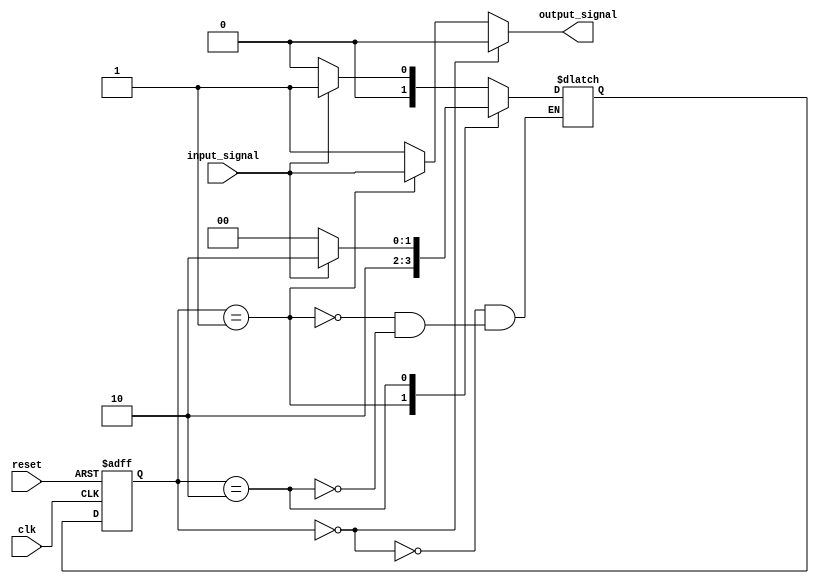
module finite_state_machine (
    input wire clk,
    input wire reset,
    input wire input_signal,
    output reg output_signal
);

// Define states
parameter STATE_A = 2'b00;
parameter STATE_B = 2'b01;
parameter STATE_C = 2'b10;

// Define state register
reg [1:0] state_reg, next_state;

// State transition logic
always @ (posedge clk or posedge reset) begin
    if (reset) begin
        state_reg <= STATE_A;
    end else begin
        state_reg <= next_state;
    end
end

// Output logic
always @ (*) begin
    output_signal = (state_reg == STATE_A) ? 1'b0 :
                    (state_reg == STATE_B) ? input_signal :
                                             1'b1;
end

// State transition conditions
always @ (*) begin
    case (state_reg)
        STATE_A: begin
            if (input_signal) begin
                next_state = STATE_B;
            end else begin
                next_state = STATE_A;
            end
        end
        STATE_B: begin
            next_state = STATE_C;
        end
        STATE_C: begin
            if (!input_signal) begin
                next_state = STATE_A;
            end else begin
                next_state = STATE_C;
            end
        end
    endcase
end

endmodule